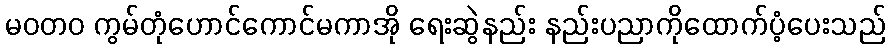
မဝတ၀ ကွမ်တုံဟောင်ကောင်မကာအို ရေးဆွဲနည်း နည်းပညာကိုထောက်ပံ့ပေးသည်